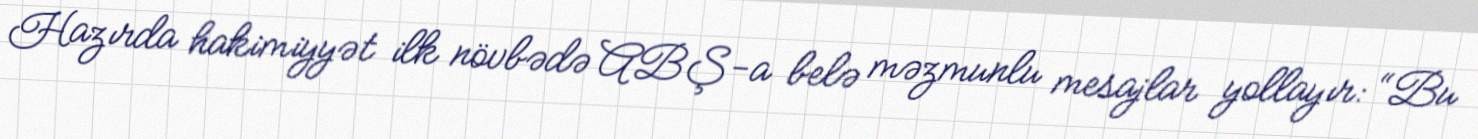
Hazırda hakimiyyət ilk növbədə ABŞ-a belə məzmunlu mesajlar yollayır: “Bu